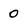
Character: 0